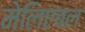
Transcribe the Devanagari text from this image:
मेलिएबल